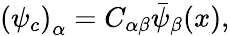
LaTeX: \left(\psi_{c}\right)_{\alpha}=C_{\alpha\beta}\bar{\psi}_{\beta}(x),